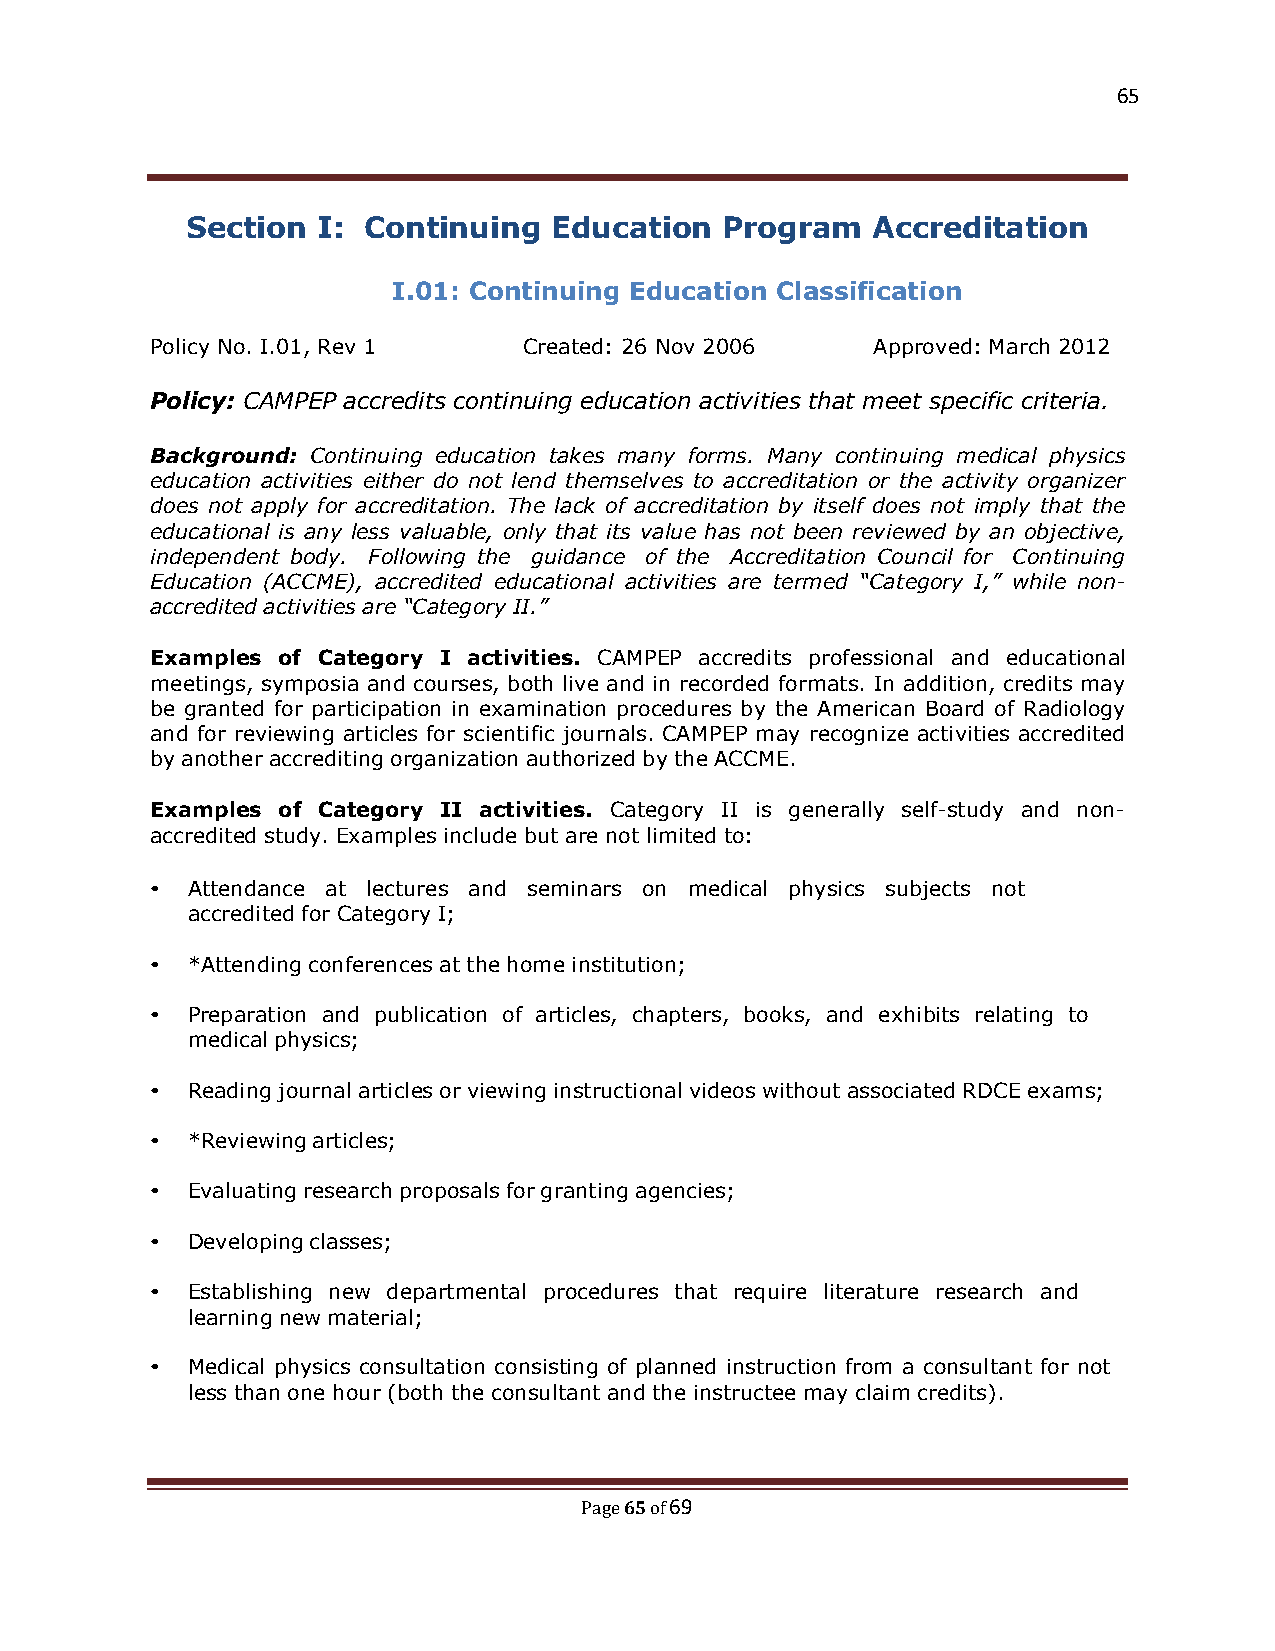
65
 Section  I: Continuing  Education   Program   Accreditation
 I.01: Continuing Education Classification
 Policy No. I.01, Rev 1   Created: 26 Nov 2006   Approved: March 2012
 Policy: CAMPEP accredits continuing education activities that meet specific criteria.
 Background: Continuing education takes many forms. Many continuing medical physics
 education activities either do not lend themselves to accreditation or the activity organizer
 does not apply for accreditation. The lack of accreditation by itself does not imply that the
 educational is any less valuable, only that its value has not been reviewed by an objective,
 independent body. Following the guidance of the Accreditation Council for Continuing
 Education (ACCME), accredited educational activities are termed “Category I,” while non-
 accredited activities are “Category II.”
 Examples of Category I activities. CAMPEP accredits professional and educational
 meetings, symposia and courses, both live and in recorded formats. In addition, credits may
 be granted for participation in examination procedures by the American Board of Radiology
 and for reviewing articles for scientific journals. CAMPEP may recognize activities accredited
 by another accrediting organization authorized by the ACCME.
 Examples of Category II activities. Category II is generally self-study and non-
 accredited study. Examples include but are not limited to:
 • Attendance at lectures and seminars on medical physics subjects not
 accredited for Category I;
 • *Attending conferences at the home institution;
 • Preparation and publication of articles, chapters, books, and exhibits relating to
 medical physics;
 • Reading journal articles or viewing instructional videos without associated RDCE exams;
 • *Reviewing articles;
 • Evaluating research proposals for granting agencies;
 • Developing classes;
 • Establishing new departmental procedures that require literature research and
 learning new material;
 • Medical physics consultation consisting of planned instruction from a consultant for not
 less than one hour (both the consultant and the instructee may claim credits).
 65 69
 Page of